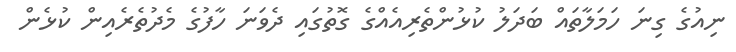
ނިއުގެ ގިނަ ހަމަލާތައް ބަދަލު ކުޅުންތެރިއެއްގެ ގޮތުގަައި ދެވަނަ ހާފުގެ މެދުތެރެއިން ކުޅެން